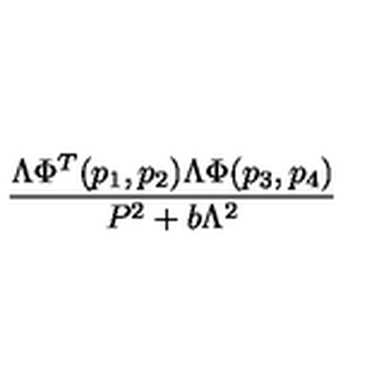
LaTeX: \frac { \Lambda \Phi ^ { T } ( p _ { 1 } , p _ { 2 } ) \Lambda \Phi ( p _ { 3 } , p _ { 4 } ) } { P ^ { 2 } + b \Lambda ^ { 2 } }